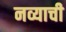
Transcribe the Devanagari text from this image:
नव्याची